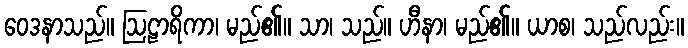
ဝေဒနာသည်။ ဩဠာရိကာ၊ မည်၏။ သာ၊ သည်။ ဟီနာ၊ မည်၏။ ယာစ၊ သည်လည်း။